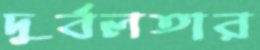
দুর্বলতার